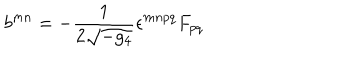
LaTeX: b ^ { m n } = - \frac { 1 } { 2 \sqrt { - g _ { 4 } } } \epsilon ^ { m n p q } F _ { p q }